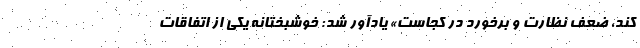
کند، ضعف نظارت و برخورد در کجاست» یادآور شد: خوشبختانه یکی از اتفاقات